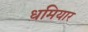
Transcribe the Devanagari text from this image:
धमियार